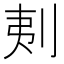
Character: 𠜁